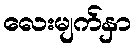
လေးမျက်နှာ